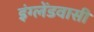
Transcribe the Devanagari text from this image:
इंग्लेंडवासी